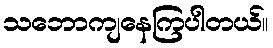
သဘောကျနေကြပါတယ်။